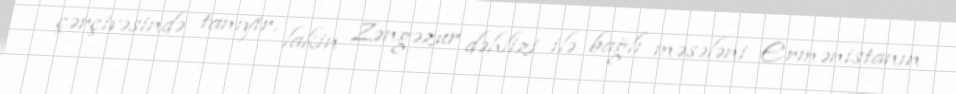
çərçivəsində tanıyır, lakin Zəngəzur dəhlizi ilə bağlı məsələni Ermənistanın